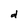
Character: d